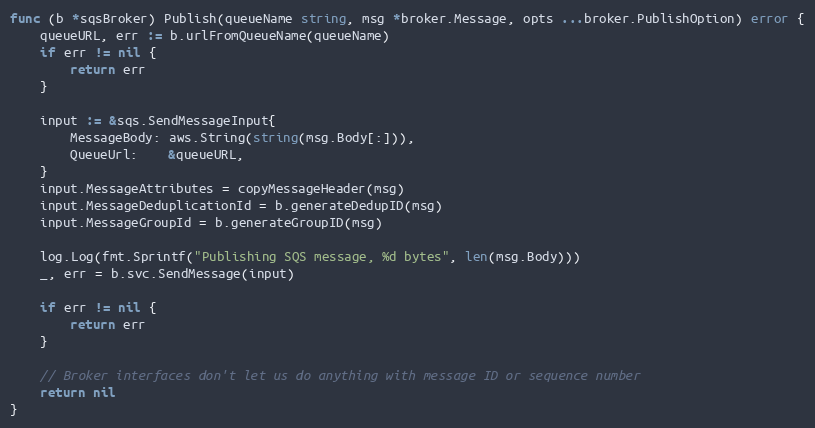
Language: Go
func (b *sqsBroker) Publish(queueName string, msg *broker.Message, opts ...broker.PublishOption) error {
	queueURL, err := b.urlFromQueueName(queueName)
	if err != nil {
		return err
	}

	input := &sqs.SendMessageInput{
		MessageBody: aws.String(string(msg.Body[:])),
		QueueUrl:    &queueURL,
	}
	input.MessageAttributes = copyMessageHeader(msg)
	input.MessageDeduplicationId = b.generateDedupID(msg)
	input.MessageGroupId = b.generateGroupID(msg)

	log.Log(fmt.Sprintf("Publishing SQS message, %d bytes", len(msg.Body)))
	_, err = b.svc.SendMessage(input)

	if err != nil {
		return err
	}

	// Broker interfaces don't let us do anything with message ID or sequence number
	return nil
}